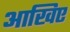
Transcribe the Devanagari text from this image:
आखिए